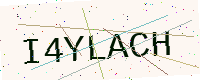
Text: I4YLACH